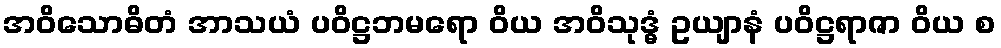
အဝိသောဓိတံ အာသယံ ပဝိဋ္ဌဘမရော ဝိယ အဝိသုဒ္ဓံ ဥယျာနံ ပဝိဋ္ဌရာဇာ ဝိယ စ